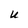
Character: U